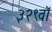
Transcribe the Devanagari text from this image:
३२९वॉ